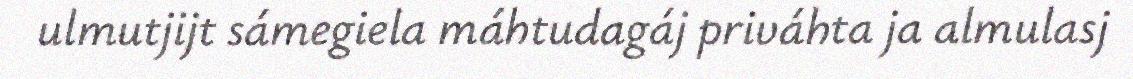
ulmutjijt sámegiela máhtudagáj priváhta ja almulasj